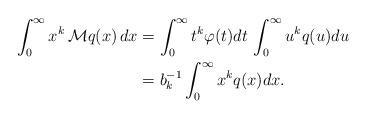
LaTeX: \begin{align*} \int_{0}^{\infty} x^k \, \mathcal M q(x) \, dx& = \int_0^{\infty} t^{k} \varphi(t) dt \, \int_0^{\infty} u^k q(u) du \\& = b_k^{-1} \int_0^{\infty} x^k q(x) dx. \end{align*}